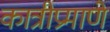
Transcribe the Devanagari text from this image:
कात्रीप्रमाणे